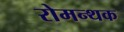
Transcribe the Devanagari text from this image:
रोमन्थक